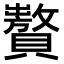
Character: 𧸟